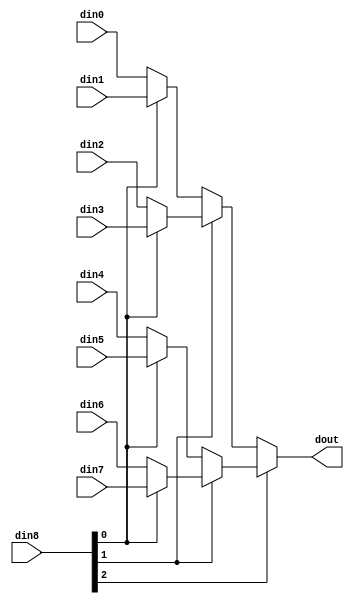
// ==============================================================
// File generated on Fri Apr 26 14:37:04 UTC 2019
// Vivado(TM) HLS - High-Level Synthesis from C, C++ and SystemC v2018.3.op (64-bit)
// SW Build 2405991 on Thu Dec  6 23:36:41 MST 2018
// IP Build 2404404 on Fri Dec  7 01:43:56 MST 2018
// Copyright 1986-2018 Xilinx, Inc. All Rights Reserved.
// ==============================================================

`timescale 1ns/1ps

module gZip_cu_gZip_cu_mux_83_32_1_1 #(
parameter
    ID                = 0,
    NUM_STAGE         = 1,
    din0_WIDTH       = 32,
    din1_WIDTH       = 32,
    din2_WIDTH       = 32,
    din3_WIDTH       = 32,
    din4_WIDTH       = 32,
    din5_WIDTH       = 32,
    din6_WIDTH       = 32,
    din7_WIDTH       = 32,
    din8_WIDTH         = 32,
    dout_WIDTH            = 32
)(
    input  [31 : 0]     din0,
    input  [31 : 0]     din1,
    input  [31 : 0]     din2,
    input  [31 : 0]     din3,
    input  [31 : 0]     din4,
    input  [31 : 0]     din5,
    input  [31 : 0]     din6,
    input  [31 : 0]     din7,
    input  [2 : 0]    din8,
    output [31 : 0]   dout);

// puts internal signals
wire [2 : 0]     sel;
// level 1 signals
wire [31 : 0]         mux_1_0;
wire [31 : 0]         mux_1_1;
wire [31 : 0]         mux_1_2;
wire [31 : 0]         mux_1_3;
// level 2 signals
wire [31 : 0]         mux_2_0;
wire [31 : 0]         mux_2_1;
// level 3 signals
wire [31 : 0]         mux_3_0;

assign sel = din8;

// Generate level 1 logic
assign mux_1_0 = (sel[0] == 0)? din0 : din1;
assign mux_1_1 = (sel[0] == 0)? din2 : din3;
assign mux_1_2 = (sel[0] == 0)? din4 : din5;
assign mux_1_3 = (sel[0] == 0)? din6 : din7;

// Generate level 2 logic
assign mux_2_0 = (sel[1] == 0)? mux_1_0 : mux_1_1;
assign mux_2_1 = (sel[1] == 0)? mux_1_2 : mux_1_3;

// Generate level 3 logic
assign mux_3_0 = (sel[2] == 0)? mux_2_0 : mux_2_1;

// output logic
assign dout = mux_3_0;

endmodule